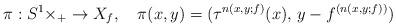
LaTeX: \begin{align*}\pi:S^{1}\times\real_{+}\to X_{f},\quad\pi(x,y)=(\tau^{n(x,y;f)}(x),\,y-f^{(n(x,y;f))})\end{align*}